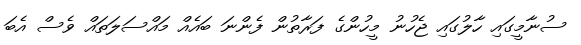
ސުނާމީގައި ހާލުގައި ޖެހުނު މީހުންގެ ފަރާތުން ފެންނަ ބައެއް މައްސަލަތައް ވެސް އެބަ